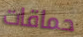
حماقات